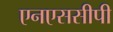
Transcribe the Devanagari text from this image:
एनएससीपी